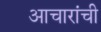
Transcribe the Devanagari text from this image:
आचारांची